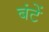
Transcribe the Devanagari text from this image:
बंटें